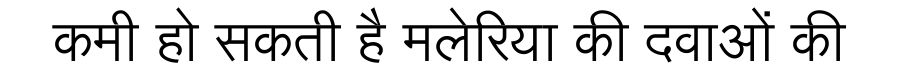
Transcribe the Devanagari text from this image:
कमी हो सकती है मलेरिया की दवाओं की